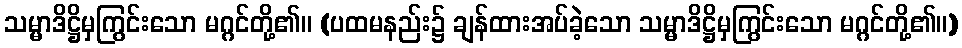
သမ္မာဒိဋ္ဌိမှကြွင်းသော မဂ္ဂင်တို့၏။ (ပထမနည်း၌ ချန်ထားအပ်ခဲ့သော သမ္မာဒိဋ္ဌိမှကြွင်းသော မဂ္ဂင်တို့၏။)